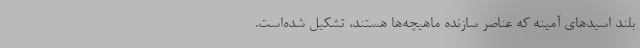
بلند اسید‌های آمینه که عناصر سازنده ماهیچه‌ها هستند، تشکیل شده‌است.